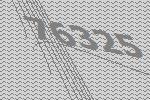
76325